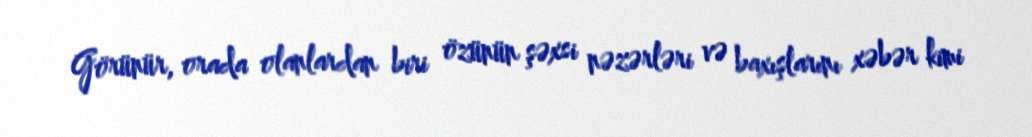
Görünür, orada olanlardan biri özünün şəxsi nəzərləri və baxışlarını xəbər kimi